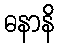
ဓနာနိ